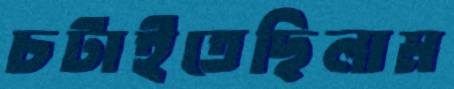
চটাইতেছিলাম